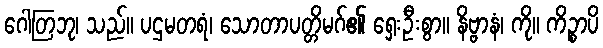
ဂေါတြဘု၊ သည်။ ပဌမတရံ၊ သောတာပတ္တိမဂ်၏ ရှေးဦးစွာ။ နိဗ္ဗာနံ၊ ကို။ ကိဉ္စာပိ